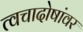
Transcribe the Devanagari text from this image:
त्वचादोषांवर